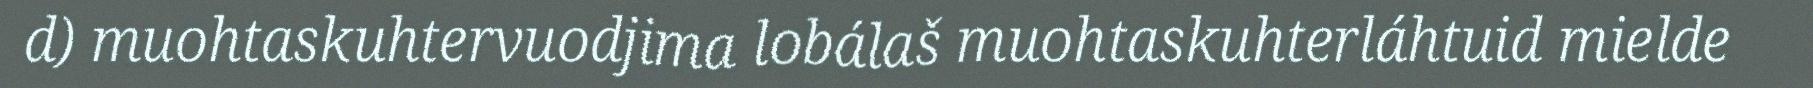
d) muohtaskuhtervuodjima lobálaš muohtaskuhterláhtuid mielde